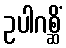
ဥပါဂစ္ဆိံ